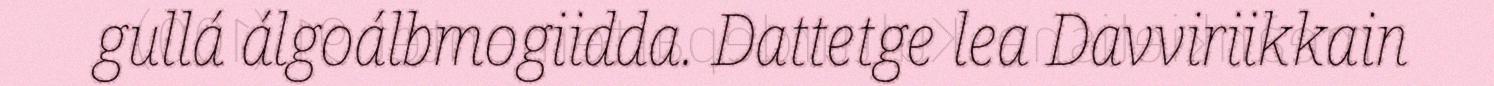
gullá álgoálbmogiidda. Dattetge lea Davviriikkain